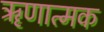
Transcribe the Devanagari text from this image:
ॠणात्मक